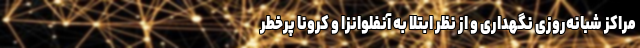
مراکز شبانه‌روزی نگهداری و از نظر ابتلا به آنفلوانزا و کرونا پرخطر